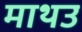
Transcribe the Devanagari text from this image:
माथउ